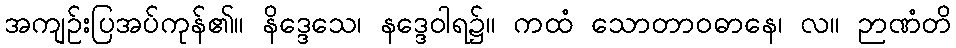
အကျဉ်းပြအပ်ကုန်၏။ နိဒ္ဒေသေ၊ နဒ္ဒေဝါရ၌။ ကထံ သောတာဝဓာနေ၊ လ။ ဉာဏံတိ